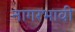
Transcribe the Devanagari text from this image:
नागरभावी